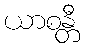
ယာစန္တီ